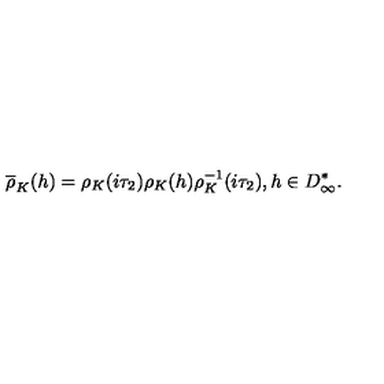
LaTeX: \overline { { \rho } } _ { K } ( h ) = { \rho } _ { K } ( i { \tau } _ { 2 } ) { \rho } _ { K } ( h ) { \rho } _ { K } ^ { - 1 } ( i { \tau } _ { 2 } ) , h \in D _ { \infty } ^ { * } .